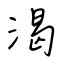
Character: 渴